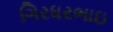
ગિરધરભાઇ